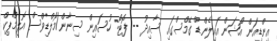
އިންޑިއަން އޯޝަން އައިލެންޑް ގޭމްސްގައި ސާއިދު -- ފޮޓޯ: ހުސައިން ސިނާން/މޯލްޑިވްސް އޮލިމްޕިކް